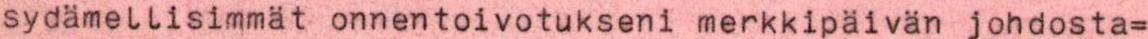
sydämellisimmät onnentoivotukseni merkkipäivän johdosta=